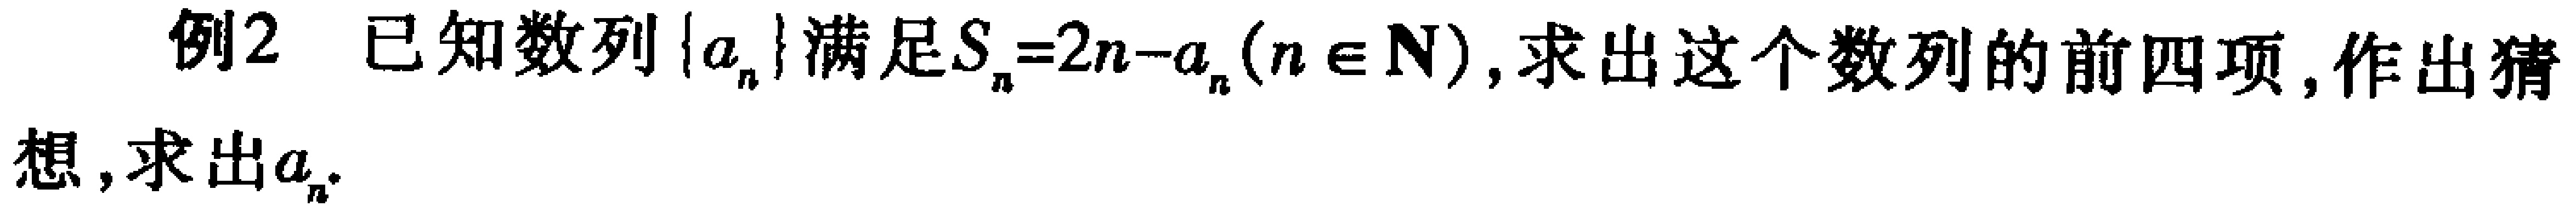
例2 已知数列\(\{a_{n}\}\)满足\(S_{n}=2n - a_{n}(n\in N)\)，求出这个数列的前四项，作出猜想，求出\(a_{n}\).